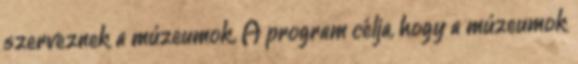
szerveznek a múzeumok. A program célja, hogy a múzeumok